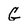
Character: G